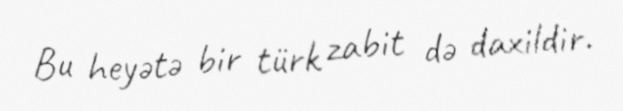
Bu heyətə bir türk zabit də daxildir.